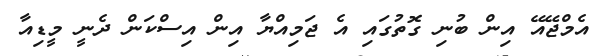
އެމްޖޭއޭ އިން ބުނި ގޮތުގައި އެ ޖަމިއްޔާ އިން އިސްކަން ދެނީ މީޑިއާ